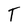
Character: T